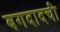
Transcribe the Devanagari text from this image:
बगदादची